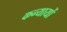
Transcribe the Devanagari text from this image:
कन्यायों